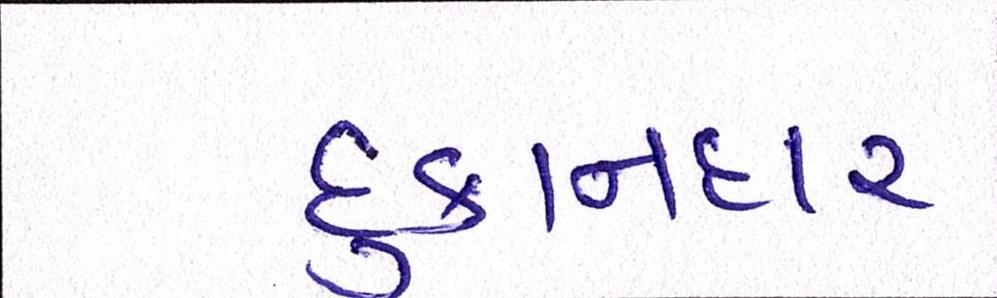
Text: દુકાનદાર